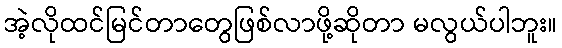
အဲ့လိုထင်မြင်တာတွေဖြစ်လာဖို့ဆိုတာ မလွယ်ပါဘူး။